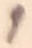
Text: 1